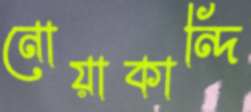
নোয়াকান্দি